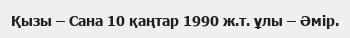
Қызы – Сана 10 қаңтар 1990 ж.т. ұлы – Әмір.